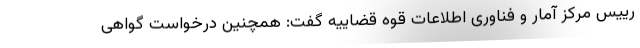
رییس مرکز آمار و فناوری اطلاعات قوه قضاییه گفت: همچنین درخواست گواهی